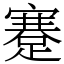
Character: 蹇